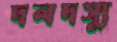
দলদস্যু